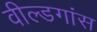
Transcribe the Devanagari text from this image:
वील्डगांस